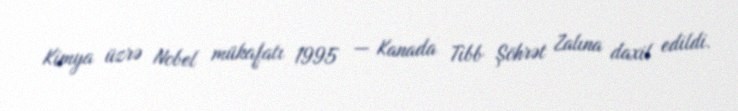
Kimya üzrə Nobel mükafatı 1995 — Kanada Tibb Şöhrət Zalına daxil edildi.